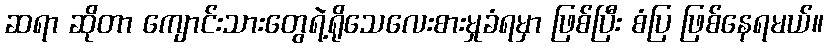
ဆရာ ဆိုတာ ကျောင်းသားတွေရဲ့ရိုသေလေးစားမှုခံရမှာ ဖြစ်ပြီး စံပြ ဖြစ်နေရမယ်။